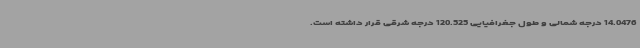
14.0476 درجه شمالی و طول جغرافیایی 120.525 درجه شرقی قرار داشته است.